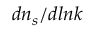
d n _ { s } / d l n k